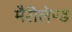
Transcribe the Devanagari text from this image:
मैरीलेण्ड